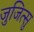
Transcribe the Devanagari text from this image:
जुजित्सु